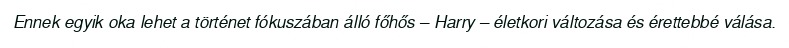
Ennek egyik oka lehet a történet fókuszában álló főhős – Harry – életkori változása és érettebbé válása.